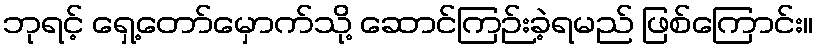
ဘုရင့် ရှေ့တော်မှောက်သို့ ဆောင်ကြဉ်းခဲ့ရမည် ဖြစ်ကြောင်း။